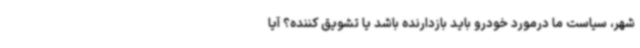
شهر، سیاست ما درمورد خودرو باید بازدارنده باشد یا تشویق کننده؟ آیا